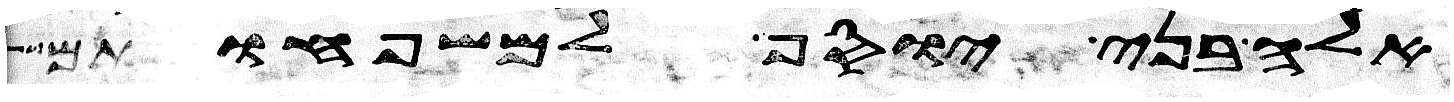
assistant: אלה בני יוסף למשפחותם